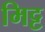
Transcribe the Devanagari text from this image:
मिट्ट